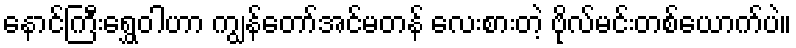
နောင်ကြီးရွှေဝါဟာ ကျွန်တော်အင်မတန် လေးစားတဲ့ ဗိုလ်မင်းတစ်ယောက်ပဲ။